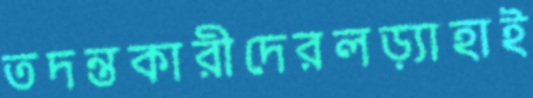
তদন্তকারীদেরলড়্যাহাই